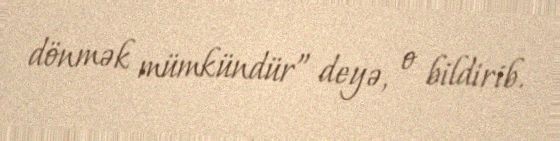
dönmək mümkündür” deyə, o bildirib.